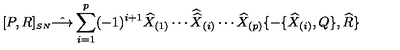
[ P , R ] _ { \scriptscriptstyle S N } \hat { \longrightarrow } \sum _ { i = 1 } ^ { p } ( - 1 ) ^ { i + 1 } \widehat { X } _ { ( 1 ) } \cdots { \widehat { \widehat X } } _ { ( i ) } \cdots \widehat { X } _ { ( p ) } \{ - \{ \widehat { X } _ { ( i ) } , Q \} , \widehat { R } \}